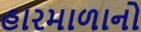
હારમાળાનો